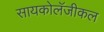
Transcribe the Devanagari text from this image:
सायकोलॅजीकल